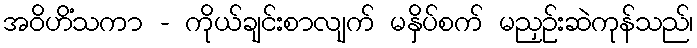
အဝိဟိံသကာ - ကိုယ်ချင်းစာလျက် မနှိပ်စက် မညှဉ်းဆဲကုန်သည်၊